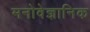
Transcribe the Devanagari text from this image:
मनोवेज्ञानिक